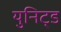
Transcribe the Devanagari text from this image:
युनिट्ड